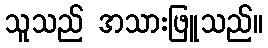
သူသည် အသားဖြူသည်။